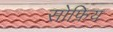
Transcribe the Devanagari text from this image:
सोफ़िय